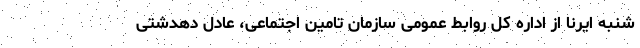
شنبه ایرنا از اداره کل روابط عمومی سازمان تامین اجتماعی، عادل دهدشتی